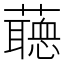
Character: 𧂺